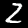
Label: 2